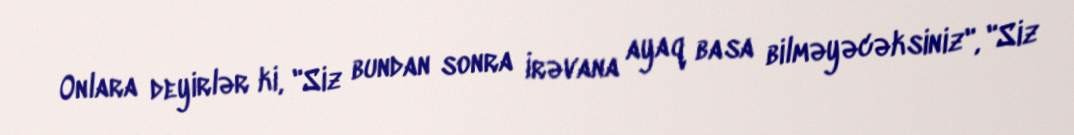
Onlara deyirlər ki, "Siz bundan sonra İrəvana ayaq basa bilməyəcəksiniz", "Siz